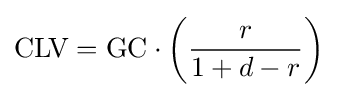
{\text{CLV}}={\text{GC}}\cdot \left({\frac {r}{1+d-r}}\right)